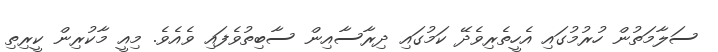
ސަލާމަތުން ހުރުމުގައި އެހީތެރިވެދޭ ކަމުގައި ދިރާސާއިން ސާބިތުވެފައި ވެއެވެ. މިއީ މާކުރިން ކީރިތި